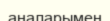
аналарымен